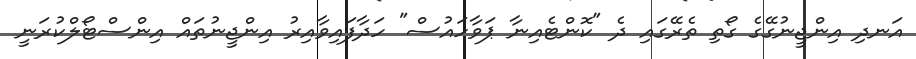
އަނދި އިންޖީނުގޭގެ ގޯތި ތެރޭގައި ދެ "ކޮންޓެއިނާ ޕަވާހައުސް" ހަދާފައިވާއިރު އިންޖީނުތައް އިންސްޓޯލްކުރަނީ